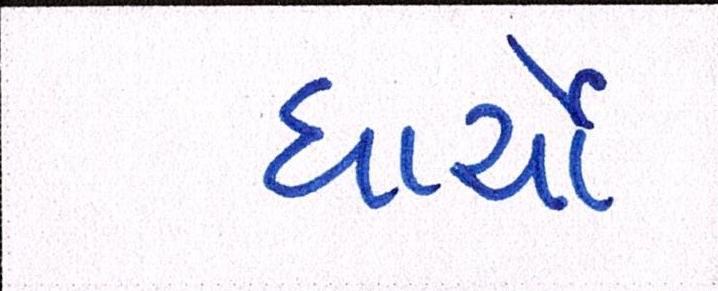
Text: ધાર્યો